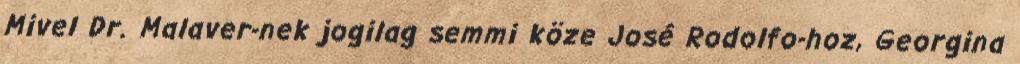
Mivel Dr. Malaver-nek jogilag semmi köze José Rodolfo-hoz, Georgina